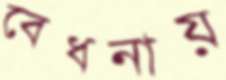
বেধনায়